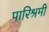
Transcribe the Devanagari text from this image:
पारिश्रमी